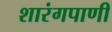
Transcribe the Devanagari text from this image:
शारंगपाणी